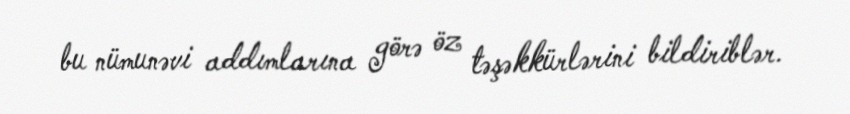
bu nümunəvi addımlarına görə öz təşəkkürlərini bildiriblər.